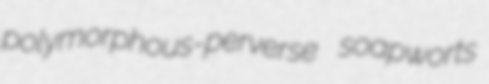
polymorphous-perverse soapworts